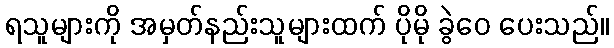
ရသူများကို အမှတ်နည်းသူများထက် ပိုမို ခွဲဝေ ပေးသည်။